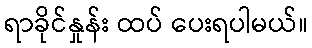
ရာခိုင်နှုန်း ထပ် ပေးရပါမယ်။